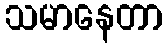
သမာနေတာ